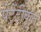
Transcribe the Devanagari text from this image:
पेटेंटीकृत